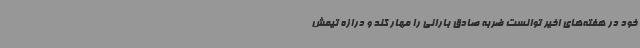
خود در هفته‌های اخیر توانست ضربه صادق بارانی را مهار کند و درازه تیمش